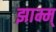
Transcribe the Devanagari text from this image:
झाम्म्